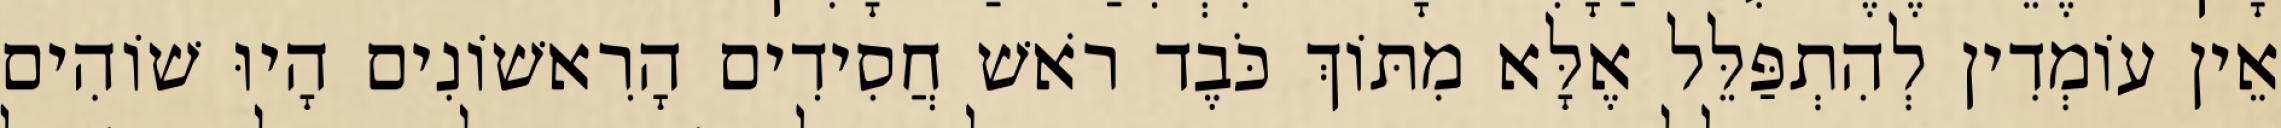
אֵין עוֹמְדִין לְהִתְפַּלֵּל אֶלָּא מִתּוֹךְ כֹּבֶד רֹאשׁ חֲסִידִים הָרִאשׁוֹנִים הָיוּ שׁוֹהִים